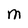
Character: M